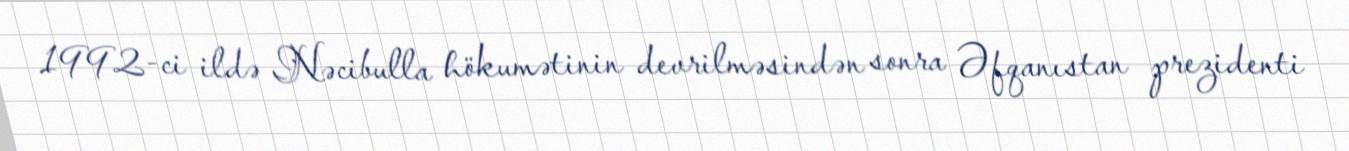
1992-ci ildə Nəcibulla hökumətinin devrilməsindən sonra Əfqanıstan prezidenti